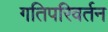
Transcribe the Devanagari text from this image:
गतिपरिवर्तन